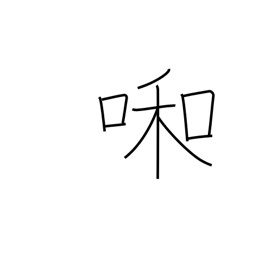
Meaning: weeping child